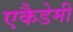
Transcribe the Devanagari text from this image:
एकैडेमी